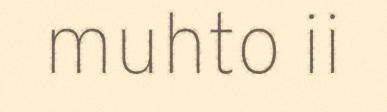
muhto ii